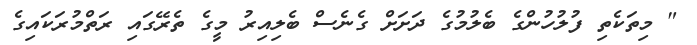
" މިތަކެތި ފުލުހުންގެ ބެލުމުގެ ދަށަށް ގެނެސް ބެލިއިރު މީގެ ތެރޭގައި ރަތްމުރަކައިގެ